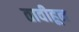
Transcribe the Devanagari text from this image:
तावीहून